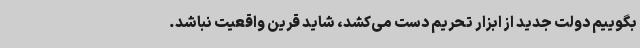
بگوییم دولت جدید از ابزار تحریم دست می‌کشد، شاید قرین واقعیت نباشد.